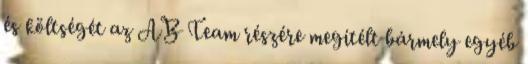
és költségét az AB Team részére megítélt bármely egyéb